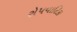
રોપવાટિકા